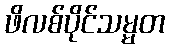
ဖိလစ်ပိုင်သမ္မတ